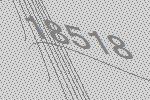
18518